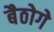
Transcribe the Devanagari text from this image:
बैठोगे